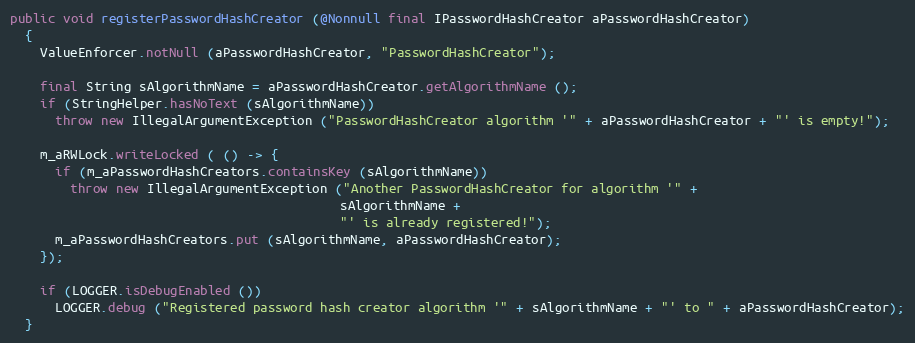
Language: Java
public void registerPasswordHashCreator (@Nonnull final IPasswordHashCreator aPasswordHashCreator)
  {
    ValueEnforcer.notNull (aPasswordHashCreator, "PasswordHashCreator");

    final String sAlgorithmName = aPasswordHashCreator.getAlgorithmName ();
    if (StringHelper.hasNoText (sAlgorithmName))
      throw new IllegalArgumentException ("PasswordHashCreator algorithm '" + aPasswordHashCreator + "' is empty!");

    m_aRWLock.writeLocked ( () -> {
      if (m_aPasswordHashCreators.containsKey (sAlgorithmName))
        throw new IllegalArgumentException ("Another PasswordHashCreator for algorithm '" +
                                            sAlgorithmName +
                                            "' is already registered!");
      m_aPasswordHashCreators.put (sAlgorithmName, aPasswordHashCreator);
    });

    if (LOGGER.isDebugEnabled ())
      LOGGER.debug ("Registered password hash creator algorithm '" + sAlgorithmName + "' to " + aPasswordHashCreator);
  }